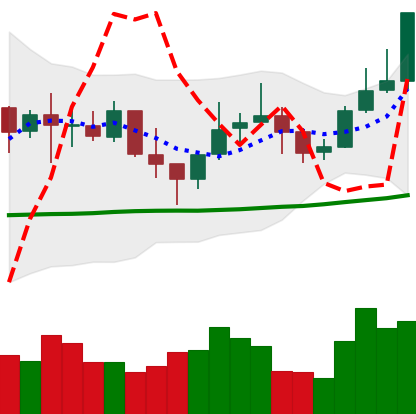
Ticker: LINK-USD
Chart end date: 2021-10-23
Forward return: -3.918%
Label: down_3_5